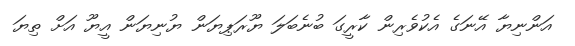
އަންނިޔާ އޭނަގެ އެކުވެރިން ކާރީގަ ބުނެބަލަ ޔޫރަޕިޔަން ޔުނިޔަން އީޔޫ އަށް ތިޔަ